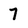
Character: 7